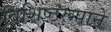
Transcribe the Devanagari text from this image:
विशिष्टरूपाने